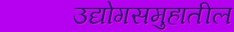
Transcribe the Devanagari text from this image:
उद्योगसमुहातील